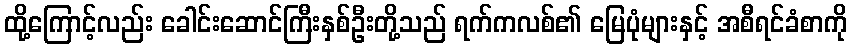
ထို့ကြောင့်လည်း ခေါင်းဆောင်ကြီးနှစ်ဦးတို့သည် ရက်ကလစ်၏ မြေပုံများနှင့် အစီရင်ခံစာကို